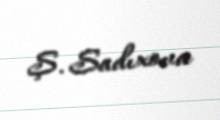
Ş. Sadıxova